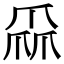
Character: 𤔙